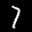
Label: 7